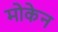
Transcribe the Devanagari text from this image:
मोकेन